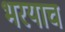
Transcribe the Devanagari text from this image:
भरयाच